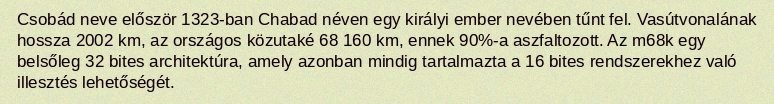
Csobád neve először 1323-ban Chabad néven egy királyi ember nevében tűnt fel. Vasútvonalának hossza 2002 km, az országos közutaké 68 160 km, ennek 90%-a aszfaltozott. Az m68k egy belsőleg 32 bites architektúra, amely azonban mindig tartalmazta a 16 bites rendszerekhez való illesztés lehetőségét.